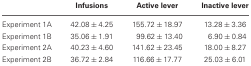
<table><thead><tr><td></td><td><b>Infusions</b></td><td><b>Active lever</b></td><td><b>Inactive lever</b></td></tr></thead><tbody><tr><td>Experiment 1A</td><td>42.08 ± 4.25</td><td>155.72 ± 18.97</td><td>13.28 ± 3.36</td></tr><tr><td>Experiment 1B</td><td>35.06 ± 1.91</td><td>99.62 ± 13.40</td><td>6.90 ± 0.84</td></tr><tr><td>Experiment 2A</td><td>40.23 ± 4.60</td><td>141.62 ± 23.45</td><td>18.00 ± 8.27</td></tr><tr><td>Experiment 2B</td><td>36.72 ± 2.84</td><td>116.66 ± 17.77</td><td>25.03 ± 6.01</td></tr></tbody></table>